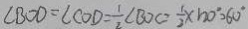
\angle B O D = \angle C O D = \frac { 1 } { 2 } \angle B O C = \frac { 1 } { 2 } \times 1 2 0 ^ { \circ } = 6 0 ^ { \circ }